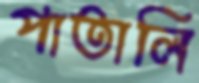
পাতালি